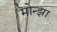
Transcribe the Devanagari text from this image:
मोन्झा